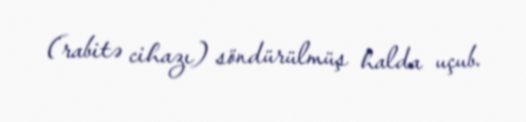
(rabitə cihazı) söndürülmüş halda uçub.